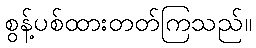
စွန့်ပစ်ထားတတ်ကြသည်။